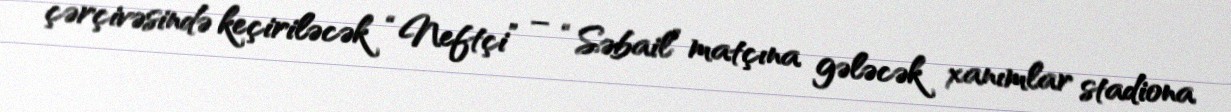
çərçivəsində keçiriləcək “Neftçi” – “Səbail” matçına gələcək xanımlar stadiona